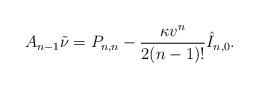
\begin{align*} A_{n-1}\tilde{\nu}=P_{n,n}-\frac{\kappa v^n}{2(n-1)!}\hat{I}_{n,0}.\end{align*}